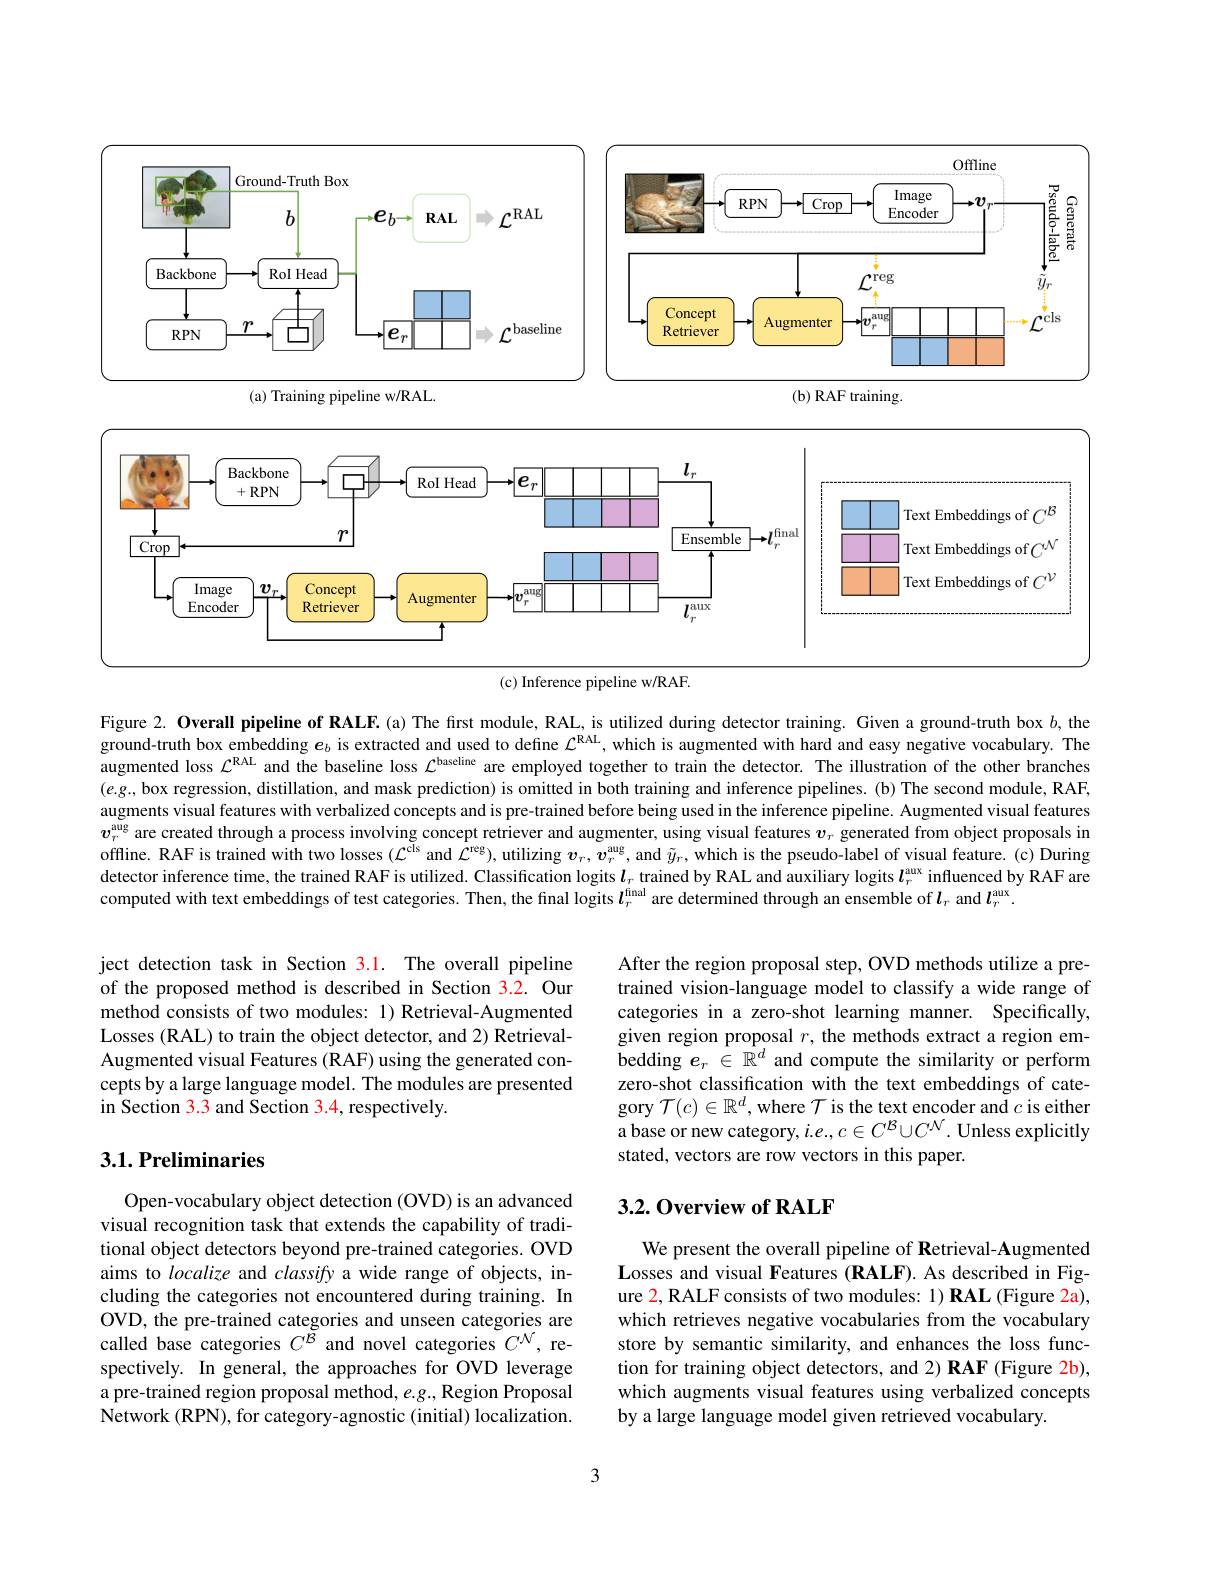
<FigureHere>

(c) Inference pipeline w/RAF.

Figure 2. Overall pipeline of RALF.(a) The first module, RAL, is utilized during detector training. Given a ground-truth box $b$, the ground-truth box embedding $\boldsymbol{e}_b$ is extracted and used to define $\mathcal{L}^\mathrm{RAL}$, which is augmented with hard and easy negative vocabulary. The augmented loss $\mathcal{L}^\mathrm{RAL}$ and the baseline loss $\mathcal{L}^\text{bascline}$ are employed together to train the detector. The illustration of the other branches $(e.g$, box regression, distillation, and mask prediction) is omitted in both training and inference pipelines. (b) The second module, RAF, augments visual features with verbalized concepts and is pre-trained before being used in the inference pipeline. Augmented visual features $v_r^\mathrm{aug}$ are created through a process involving concept retriever and augmenter, using visual features $v_r$ generated from object proposals in offline. RAF is trained with two losses $(\mathcal{L}^\mathrm{cls}$ and $\mathcal{L}^\mathrm{reg})$, utilizing $\boldsymbol v_r,\boldsymbol v_r^\mathrm{aug}$, and $\tilde{y}_r$, which is the pseudo-label of visual feature. (c) During detector inference time, the trained RAF is utilized. Classification logits $\boldsymbol{l}_\mathrm{\varepsilon}$ trained by RAL and auxiliary logits $\boldsymbol{l}_r^\mathrm{aux}$ influenced by RAF are computed with text embeddings of test categories. Then, the final logits $l_r^\mathrm{final}$ are determined through an ensemble of $\boldsymbol{l}_r$ and $\boldsymbol{l}_r^\mathrm{aux}.$

ject detection task in Section 3.1. The overall pipeline of the proposed method is described in Section 3.2. Our method consists of two modules: 1) Retrieval-Augmented Losses (RAL) to train the object detector, and 2) RetrievalAugmented visual Features (RAF) using the generated concepts by a large language model. The modules are presented in Section 3.3 and Section 3.4, respectively.

After the region proposal step, OVD methods utilize a pretrained vision-language model to classify a wide range of categories in a zero-shot learning manner. Specifically, given region proposal $r$, the methods extract a region embedding $e_r\in\mathbb{R}^d$ and compute the similarity or perform zero-shot classification with the text embeddings of category $\mathcal{T}(c)\in\mathbb{R}^d$,where $\mathcal{T}$ is the text encoder and $c$ is either a base or new category, $i.e.,c\in C^{\mathcal{B}}\cup C^{\mathcal{N}}.$ Unless explicitly stated, vectors are row vectors in this paper.

## 3.1. Preliminaries

## 3.2.0verview of RALF

Open-vocabulary object detection (OVD) is an advanced visual recognition task that extends the capability of traditional object detectors beyond pre-trained categories. OVD aims to localize and classify a wide range of objects, including the categories not encountered during training. In OVD, the pre-trained categories and unseen categories are called base categories $C^{\breve{B}}$ and novel categories $C^{\mathcal{N}}$, respectively. In general, the approaches for OVD leverage a pre-trained region proposal method, $e.g.$, Region Proposal Network (RPN), for category-agnostic (initial) localization.

We present the overall pipeline of Retrieval-Augmented Losses and visual Features (RALF). As described in Figure $\color{red}2$,RALF consists of two modules: 1) RAL (Figure 2a), which retrieves negative vocabularies from the vocabulary store by semantic similarity, and enhances the loss function for training object detectors, and 2) RAF (Figure 2b), which augments visual features using verbalized concepts by a large language model given retrieved vocabulary.

3